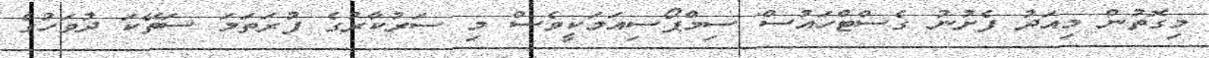
މިގޮތުން މިއަދު ފެށުނު ގެސްޓްހައުސް ސިމްޕޯސިއަމަކީވެސް މި ސަރުކާރުގެ ފުރަތަމަ ސަތޭކަ ދުވަހުގެ